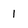
Character: 1